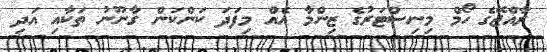
ރާއްޖޭގެ ހޯމް މިނިސްޓަރުގެ ޒިންމާ އެއް މިފަދަ ކަންކަން ގާނޫނު ތަކާއި އަދި